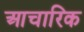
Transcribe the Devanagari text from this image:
आचारिक